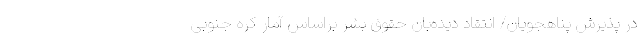
در پذیرش پناهجویان/ انتقاد دیده‌بان حقوق بشر براساس آمار کره جنوبی